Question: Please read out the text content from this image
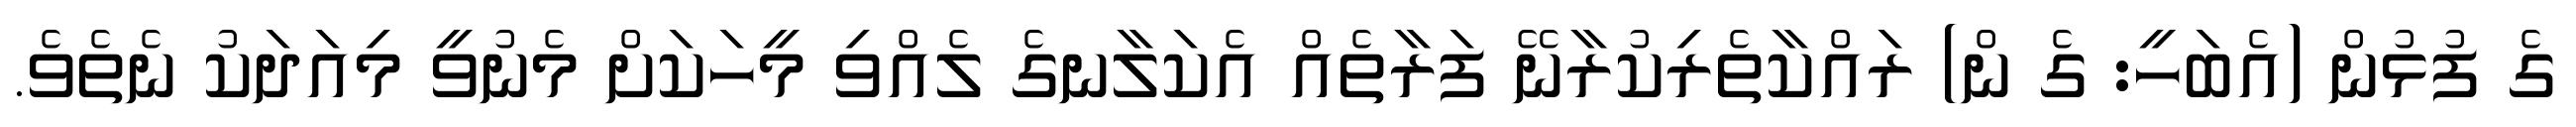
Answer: ގެ ފުޅުން (އެބަހީ: ގެ ން) ރައްކާތެރިކުރާނޭ ފަރާތެއް އެކަލާނގެ ލެއްވި މީހަކަށް މެނުވީ މިއަދަކު ނެތެވެ.